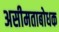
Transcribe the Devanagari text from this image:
असीमताबोधक